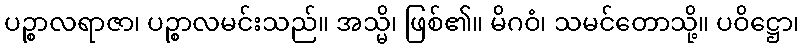
ပဉ္စာလရာဇာ၊ ပဉ္စာလမင်းသည်။ အသ္မိ၊ ဖြစ်၏။ မိဂဝံ၊ သမင်တောသို့။ ပဝိဋ္ဌော၊